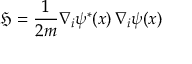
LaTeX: { \mathfrak { H } } = { \frac { 1 } { 2 m } } \nabla _ { i } \psi ^ { * } ( x ) \, \nabla _ { i } \psi ( x )